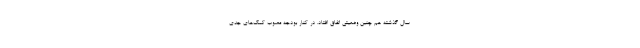
سال گذشته هم چنین وضعیتی اتفاق افتاد. در کنار بودجه مصوب کمک‌های جدی